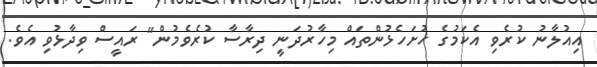
އިއުލާނު ކުރެވި އެކަމުގެ ހުށަހެޅުންތައް މިހާރުދަނީ ދިރާސާ ކުރެވެމުން" ރައީސް ވިދާޅުވި އެވެ.